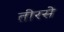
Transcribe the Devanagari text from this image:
तीरसे